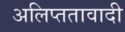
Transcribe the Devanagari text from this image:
अलिप्‍ततावादी